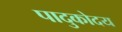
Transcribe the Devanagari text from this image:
पादुकोदय